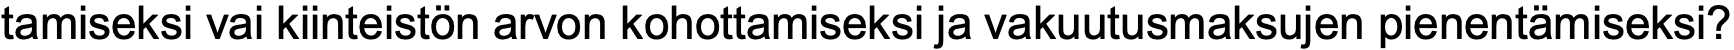
tamiseksi vai kiinteistön arvon kohottamiseksi ja vakuutusmaksujen pienentämiseksi?